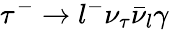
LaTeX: \tau^{-}\to l^{-}\nu_{\tau}\bar{\nu}_{l}\gamma